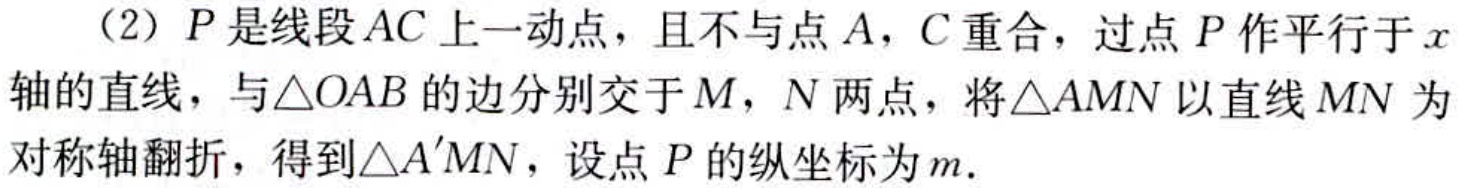
（2）\(P\)是线段\(AC\)上一动点，且不与点\(A\)，\(C\)重合，过点\(P\)作平行于\(x\)轴的直线，与\(\triangle OAB\)的边分别交于\(M\)，\(N\)两点，将\(\triangle AMN\)以直线\(MN\)为对称轴翻折，得到\(\triangle A'MN\)，设点\(P\)的纵坐标为\(m\).